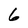
Character: 6